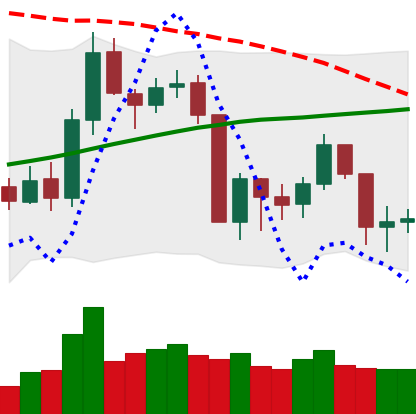
Ticker: BNB-USD
Chart end date: 2019-08-23
Forward return: -12.763%
Label: down_7plus